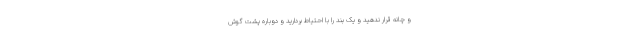
و چانه قرار ندهید و یک بند را با احتیاط بردارید و دوباره پشت گوش